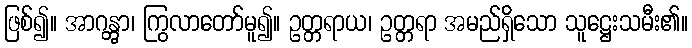
ဖြစ်၍။ အာဂန္တွာ၊ ကြွလာတော်မူ၍။ ဥတ္တရာယ၊ ဥတ္တရာ အမည်ရှိသော သူဋ္ဌေးသမီး၏။